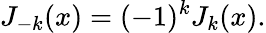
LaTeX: J_{-k}(x)=(-1)^{k}J_{k}(x).